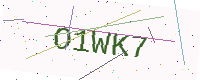
Text: O1WK7